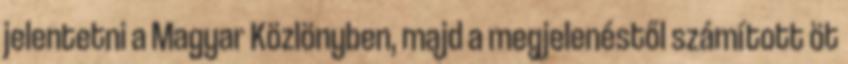
jelentetni a Magyar Közlönyben, majd a megjelenéstől számított öt